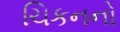
ચિકનનો